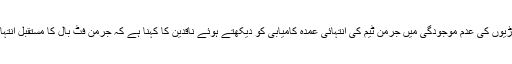
ان سینیئر کھلاڑیوں کی عدم موجودگی میں جرمن ٹیم کی انتہائی عمدہ کامیابی کو دیکھتے ہوئے ناقدین کا کہنا ہے کہ جرمن فٹ بال کا مستقبل انتہائی تابناک ہے۔